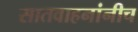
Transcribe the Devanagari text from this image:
सातवाहनांनीच